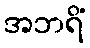
အဘရိံ